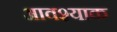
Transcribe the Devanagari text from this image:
आवश्याक